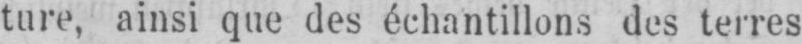
ture, ainsi que des échantillons des terres